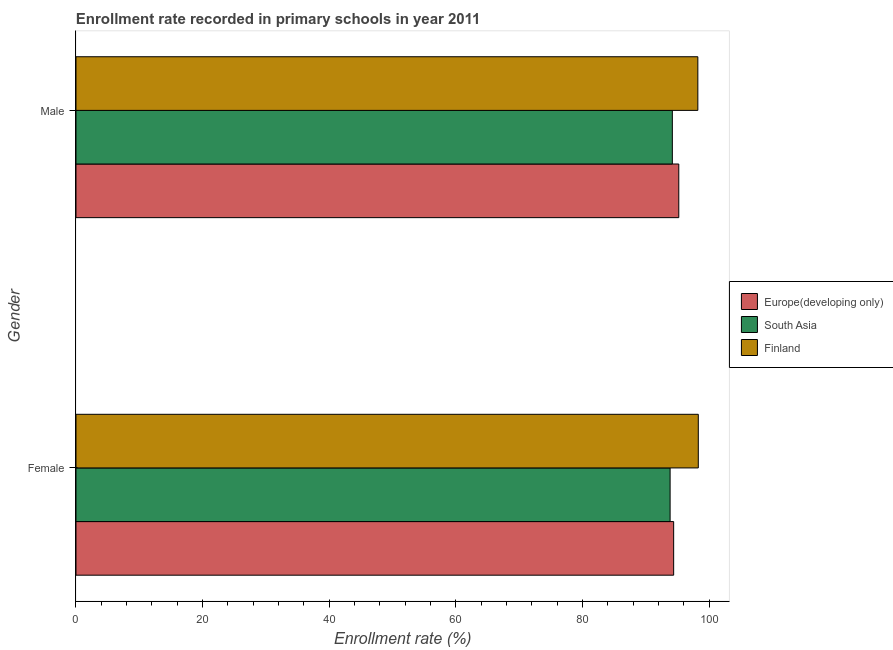
| Gender | Europe(developing only) | South Asia | Finland |
 | --- | --- | --- | --- |
 | Female | 94.4 | 93.8 | 98.3 |
 | Male | 95.2 | 94.2 | 98.2 |